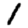
Digit: 1